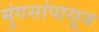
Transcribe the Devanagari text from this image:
मुंगसांपासून